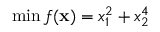
\operatorname* { m i n } f ( \mathbf { x } ) = x _ { 1 } ^ { 2 } + x _ { 2 } ^ { 4 }